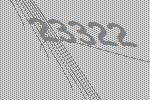
23322